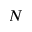
N